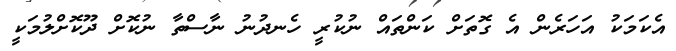
އެކަމަކު އަހަރެން އެ ގޮތަށް ކަންތައް ނުކުރީ ހެނދުނު ނާސްތާ ނުކޮށް ދޫކޮށްލުމަކީ